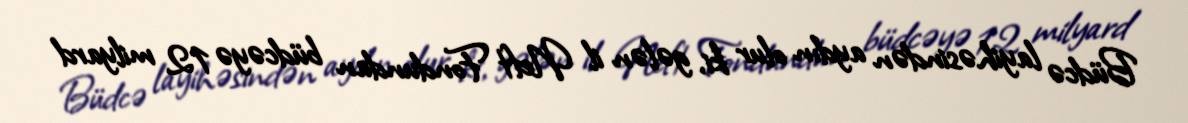
Büdcə layihəsindən aydın olur ki, gələn il Neft Fondundan büdcəyə 12 milyard